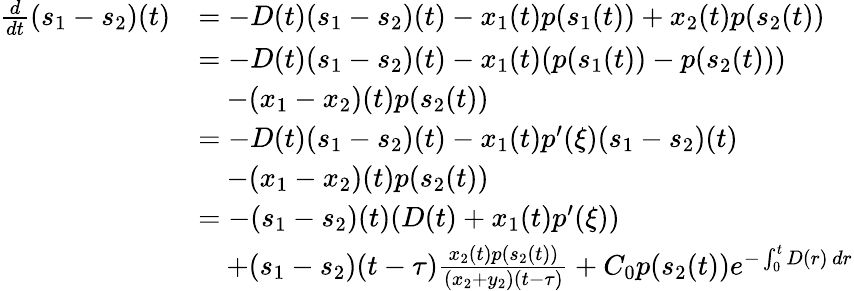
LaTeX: \begin{array}{rl}{\frac{d}{dt}(s_{1}-s_{2})(t)}&{=-D(t)(s_{1}-s_{2})(t)-x_{1}(t)p(s_{1}(t))+x_{2}(t)p(s_{2}(t))}\\ &{=-D(t)(s_{1}-s_{2})(t)-x_{1}(t)(p(s_{1}(t))-p(s_{2}(t)))}\\ &{\quad-(x_{1}-x_{2})(t)p(s_{2}(t))}\\ &{=-D(t)(s_{1}-s_{2})(t)-x_{1}(t)p^{\prime}(\xi)(s_{1}-s_{2})(t)}\\ &{\quad-(x_{1}-x_{2})(t)p(s_{2}(t))}\\ &{=-(s_{1}-s_{2})(t)(D(t)+x_{1}(t)p^{\prime}(\xi))}\\ &{\quad+(s_{1}-s_{2})(t-\tau)\frac{x_{2}(t)p(s_{2}(t))}{(x_{2}+y_{2})(t-\tau)}+C_{0}p(s_{2}(t))e^{-\int_{0}^{t}D(r)\, dr}}\end{array}